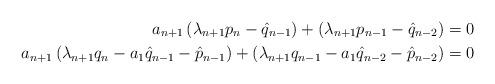
LaTeX: \begin{align*}a_{n+1}\left(\lambda_{n+1}p_n-\hat{q}_{n-1}\right)+\left(\lambda_{n+1}p_{n-1}-\hat{q}_{n-2}\right)&=0\\a_{n+1}\left(\lambda_{n+1}q_n-a_1\hat{q}_{n-1}-\hat{p}_{n-1}\right)+\left(\lambda_{n+1}q_{n-1}-a_1\hat{q}_{n-2}-\hat{p}_{n-2}\right)&=0\end{align*}